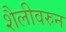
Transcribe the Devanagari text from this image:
शैलीवरुन